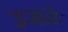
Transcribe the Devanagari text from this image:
उजळे